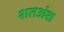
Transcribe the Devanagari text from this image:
शतअंश